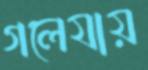
গলেযায়